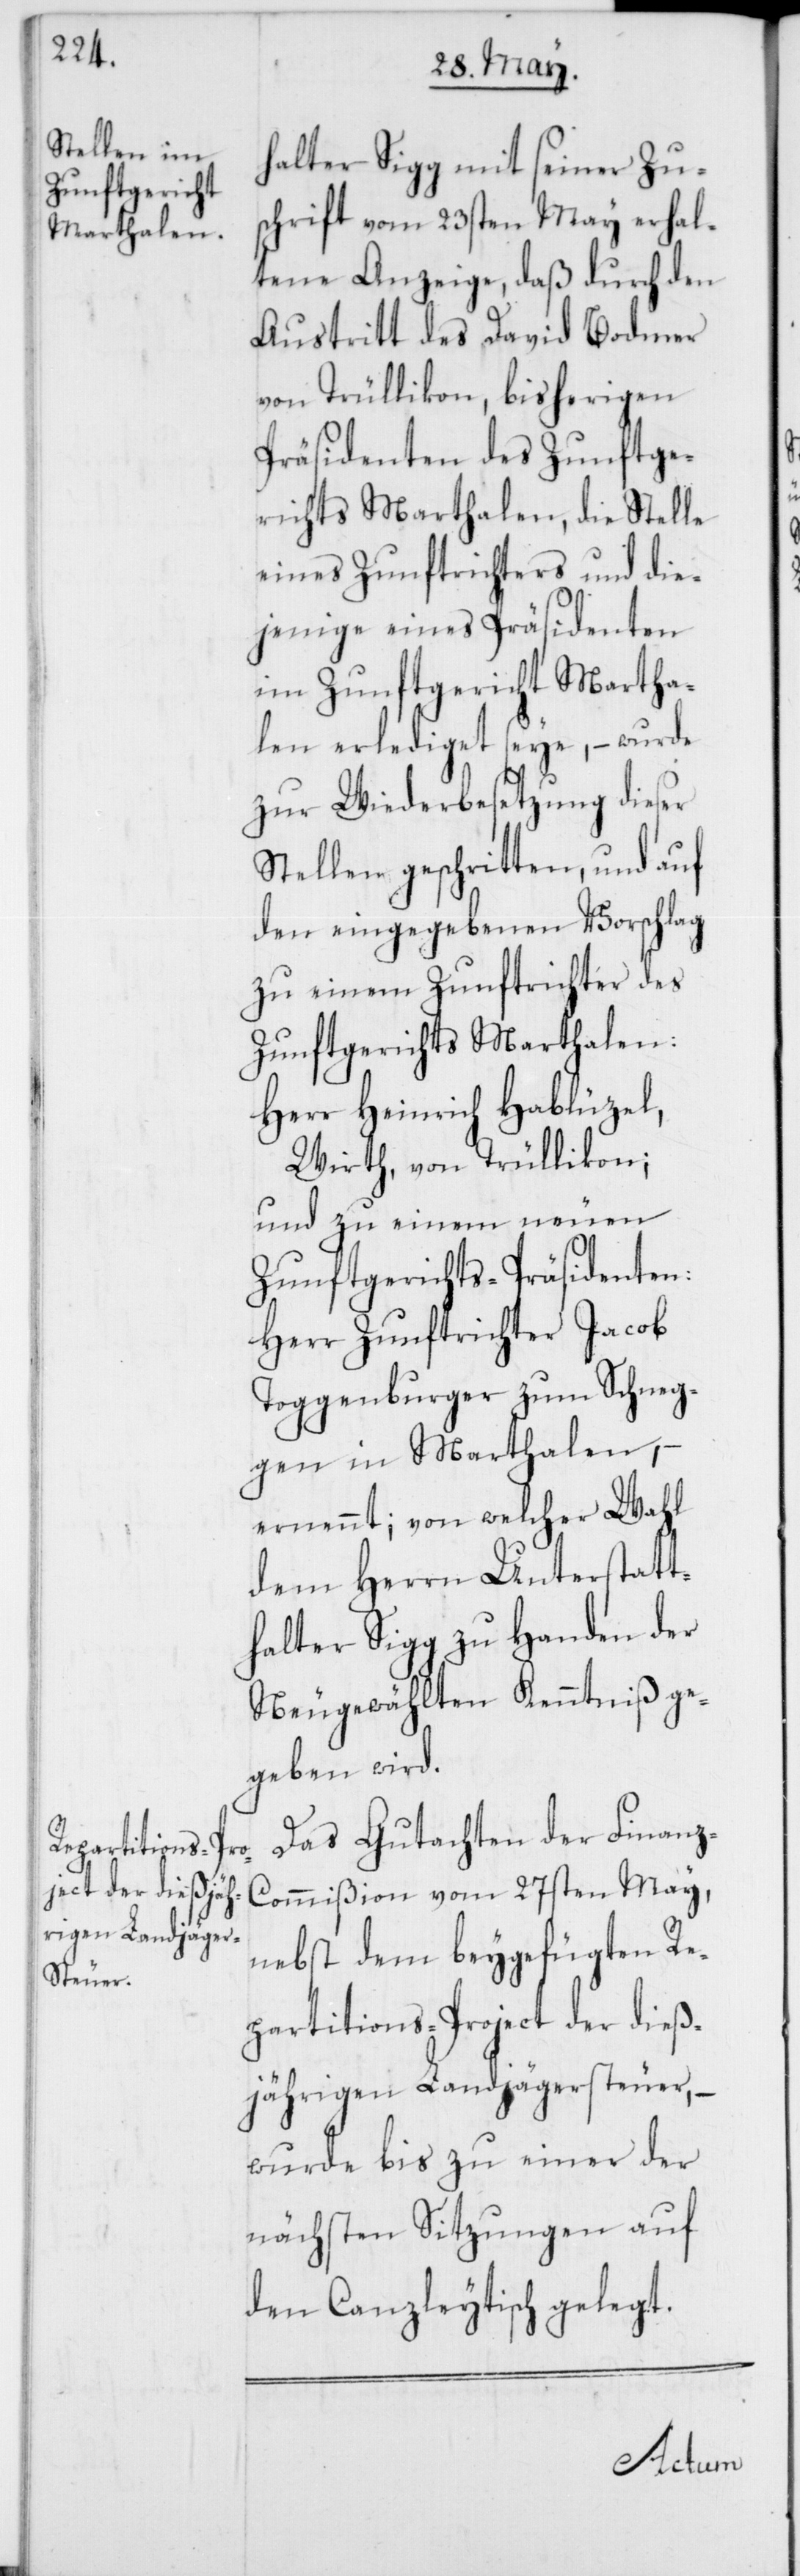
halter Sigg mit seiner Zu¬
schrift vom 23sten May erhal¬
tene Anzeige, daß durch den
Austritt des David Bodmer
von Trüllikon, bisherigen
Präsidenten des Zunftge¬
richts Marthalen, die Stelle
eines Zunftrichters und die¬
jenige eines Präsidenten
im Zunftgericht Martha¬
len erlediget seye, – wurde
zur Wiederbesetzung dieser
Stellen geschritten, und auf
den eingegebenen Vorschlag
zu einem Zunftrichter des
Zunftgerichts Marthalen:
Herr Heinrich Hablüzel,
Wirth, von Trüllikon;
und zu einem neuen
Zunftgerichts-Präsidenten:
Herr Zunftrichter Jacob
Toggenburger zum Schneg¬
gen in Marthalen,
ernennt; von welcher Wahl
dem Herrn Unterstatt¬
halter Sigg zu Handen der
Neugewählten Kenntniß ge¬
geben wird.
Das Gutachten der Finan¬
z-Commißion vom 27sten May,
nebst dem beygefügten Re¬
partitions-Project der dieß¬
jährigen Landjägersteuer,
wurde bis zu einer der
nächsten Sitzungen auf
den Canzleytisch gelegt.